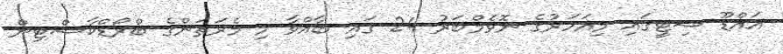
އައްޑޫ ސިޓީގައި މިއަހަރުގެ ނޮވެމްބަރު 24 ގައި ބާއްވާ މި މެރަތަންގެ ބްރޯޑްކާސްޓިން